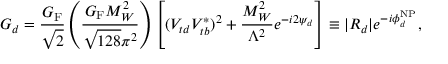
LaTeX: G _ { d } = \frac { G _ { \mathrm { F } } } { \sqrt { 2 } } \left( \frac { G _ { \mathrm { F } } M _ { W } ^ { 2 } } { \sqrt { 1 2 8 } \pi ^ { 2 } } \right) \left[ ( V _ { t d } V _ { t b } ^ { \ast } ) ^ { 2 } + \frac { M _ { W } ^ { 2 } } { \Lambda ^ { 2 } } e ^ { - i 2 \psi _ { d } } \right] \equiv | R _ { d } | e ^ { - i \phi _ { d } ^ { \mathrm { N P } } } ,